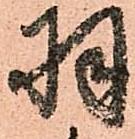
羽